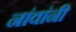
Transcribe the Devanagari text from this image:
नांवांनी